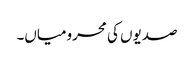
صدیوں کی محرومیاں۔